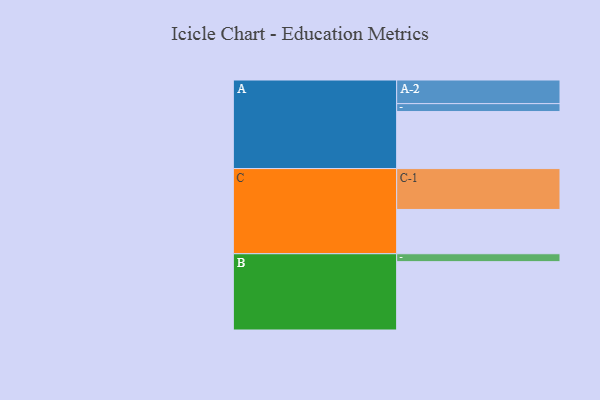
{"axis": {"x": "Segment", "y": "Value"}, "legend": ["", "A", "B", "C"], "data": [{"x": "A", "y": 403, "type": ""}, {"x": "B", "y": 483, "type": ""}, {"x": "C", "y": 313, "type": ""}, {"x": "A-1", "y": 56, "type": "A"}, {"x": "A-2", "y": 167, "type": "A"}, {"x": "B-1", "y": 56, "type": "B"}, {"x": "C-1", "y": 289, "type": "C"}]}